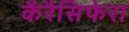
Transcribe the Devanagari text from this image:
कैरैसिफेरा